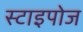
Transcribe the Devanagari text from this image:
स्टाइपोज